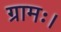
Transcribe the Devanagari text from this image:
ग्रामः।